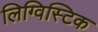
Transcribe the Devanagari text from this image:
लिग्विस्टिक